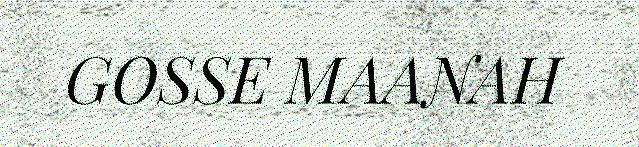
GOSSE MAANAH